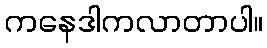
ကနေဒါကလာတာပါ။